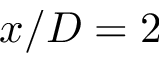
x / D = 2